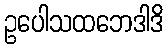
ဥပေါသထဘေဒါဒိ